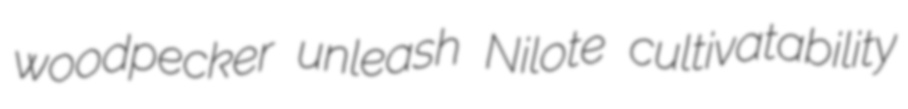
woodpecker unleash Nilote cultivatability